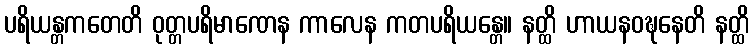
ပရိယန္တကတေတိ ဝုတ္တပရိမာဏေန ကာလေန ကတပရိယန္တေ။ နတ္ထိ ဟာယနဝဍ္ဎနေတိ နတ္ထိ